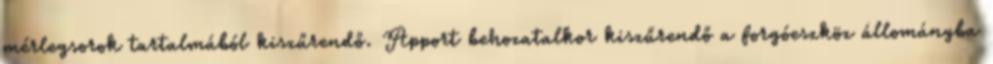
mérlegsorok tartalmából kiszűrendő. Apport behozatalkor kiszűrendő a forgóeszköz állományba